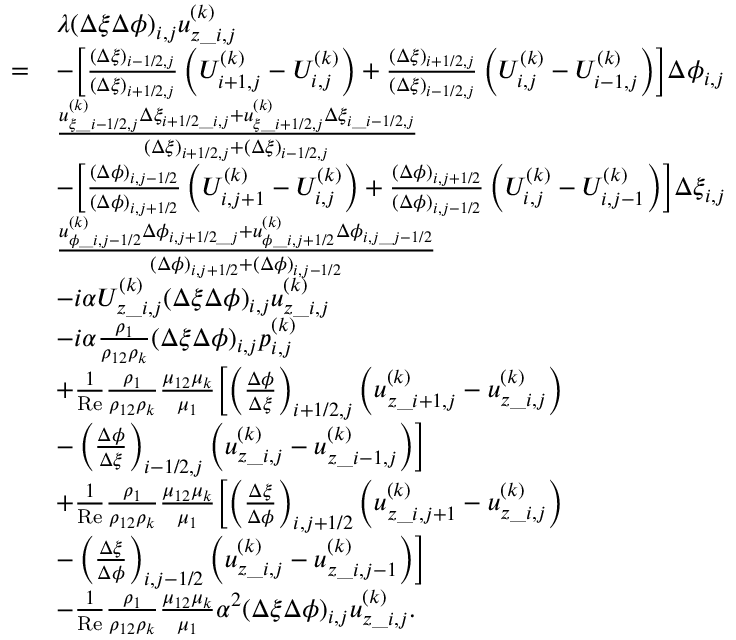
\begin{array} { r l } & { \begin{array} { r l } & { \lambda ( \Delta \xi \Delta \phi ) _ { i , j } u _ { z \_ i , j } ^ { ( k ) } } \\ { = } & { - \biggl [ \frac { ( \Delta \xi ) _ { i - 1 / 2 , j } } { ( \Delta \xi ) _ { i + 1 / 2 , j } } \left( U _ { i + 1 , j } ^ { ( k ) } - U _ { i , j } ^ { ( k ) } \right) + \frac { ( \Delta \xi ) _ { i + 1 / 2 , j } } { ( \Delta \xi ) _ { i - 1 / 2 , j } } \left( U _ { i , j } ^ { ( k ) } - U _ { i - 1 , j } ^ { ( k ) } \right) \biggr ] \Delta \phi _ { i , j } } \\ & { \frac { u _ { \xi \_ i - 1 / 2 , j } ^ { ( k ) } \Delta \xi _ { i + 1 / 2 \_ i , j } + u _ { \xi \_ i + 1 / 2 , j } ^ { ( k ) } \Delta \xi _ { i \_ i - 1 / 2 , j } } { ( \Delta \xi ) _ { i + 1 / 2 , j } + ( \Delta \xi ) _ { i - 1 / 2 , j } } } \\ & { - \biggl [ \frac { ( \Delta \phi ) _ { i , j - 1 / 2 } } { ( \Delta \phi ) _ { i , j + 1 / 2 } } \left( U _ { i , j + 1 } ^ { ( k ) } - U _ { i , j } ^ { ( k ) } \right) + \frac { ( \Delta \phi ) _ { i , j + 1 / 2 } } { ( \Delta \phi ) _ { i , j - 1 / 2 } } \left( U _ { i , j } ^ { ( k ) } - U _ { i , j - 1 } ^ { ( k ) } \right) \biggr ] \Delta \xi _ { i , j } } \\ & { \frac { u _ { \phi \_ i , j - 1 / 2 } ^ { ( k ) } \Delta \phi _ { i , j + 1 / 2 \_ j } + u _ { \phi \_ i , j + 1 / 2 } ^ { ( k ) } \Delta \phi _ { i , j \_ j - 1 / 2 } } { ( \Delta \phi ) _ { i , j + 1 / 2 } + ( \Delta \phi ) _ { i , j - 1 / 2 } } } \\ & { - i \alpha U _ { z \_ i , j } ^ { ( k ) } ( \Delta \xi \Delta \phi ) _ { i , j } u _ { z \_ i , j } ^ { ( k ) } } \\ & { - i \alpha \frac { \rho _ { 1 } } { \rho _ { 1 2 } \rho _ { k } } ( \Delta \xi \Delta \phi ) _ { i , j } p _ { i , j } ^ { ( k ) } } \\ & { + \frac { 1 } { \mathrm { R e } } \frac { \rho _ { 1 } } { \rho _ { 1 2 } \rho _ { k } } \frac { \mu _ { 1 2 } \mu _ { k } } { \mu _ { 1 } } \biggl [ \left( \frac { \Delta \phi } { \Delta \xi } \right) _ { i + 1 / 2 , j } \left( u _ { z \_ { i + 1 , j } } ^ { ( k ) } - u _ { z \_ { i , j } } ^ { ( k ) } \right) } \\ & { - \left( \frac { \Delta \phi } { \Delta \xi } \right) _ { i - 1 / 2 , j } \left( u _ { z \_ { i , j } } ^ { ( k ) } - u _ { z \_ { i - 1 , j } } ^ { ( k ) } \right) \biggr ] } \\ & { + \frac { 1 } { \mathrm { R e } } \frac { \rho _ { 1 } } { \rho _ { 1 2 } \rho _ { k } } \frac { \mu _ { 1 2 } \mu _ { k } } { \mu _ { 1 } } \biggl [ \left( \frac { \Delta \xi } { \Delta \phi } \right) _ { i , j + 1 / 2 } \left( u _ { z \_ { i , j + 1 } } ^ { ( k ) } - u _ { z \_ { i , j } } ^ { ( k ) } \right) } \\ & { - \left( \frac { \Delta \xi } { \Delta \phi } \right) _ { i , j - 1 / 2 } \left( u _ { z \_ { i , j } } ^ { ( k ) } - u _ { z \_ { i , j - 1 } } ^ { ( k ) } \right) \biggr ] } \\ & { - \frac { 1 } { \mathrm { R e } } \frac { \rho _ { 1 } } { \rho _ { 1 2 } \rho _ { k } } \frac { \mu _ { 1 2 } \mu _ { k } } { \mu _ { 1 } } \alpha ^ { 2 } ( \Delta \xi \Delta \phi ) _ { i , j } u _ { z \_ i , j } ^ { ( k ) } . } \end{array} } \end{array}